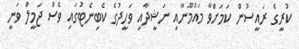
ކުރީގެ ރައީސުން ކަމަށްވާ މައުމޫނާއި ނަޝީދާއި ވަހީދުގެ ކެބިނެޓުގައި ވެސް ޖަމީލް ވަނީ